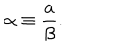
\alpha \equiv \frac { a } { \beta } .